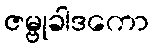
ဇမ္ဗုခါဒကော